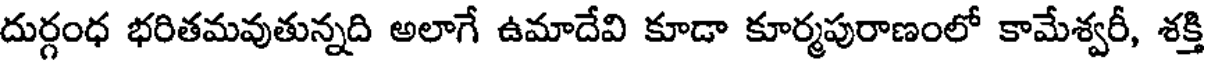
దుర్గంధ భరితమవుతున్నది అలాగే ఉమాదేవి కూడా కూర్మపురాణంలో కామేశ్వరీ, శక్తి